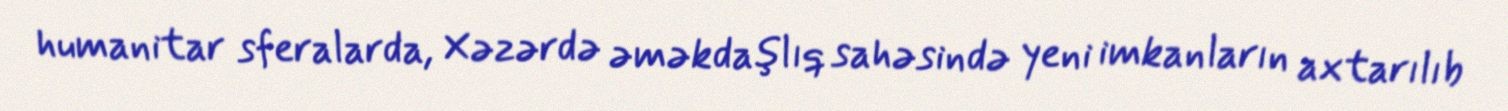
humanitar sferalarda, Xəzərdə əməkdaşlıq sahəsində yeni imkanların axtarılıb